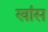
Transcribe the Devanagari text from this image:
खांस